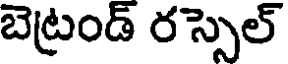
బెట్రండ్ రస్సెల్